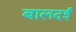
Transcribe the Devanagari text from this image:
बालदई